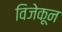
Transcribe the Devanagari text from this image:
विजेकून